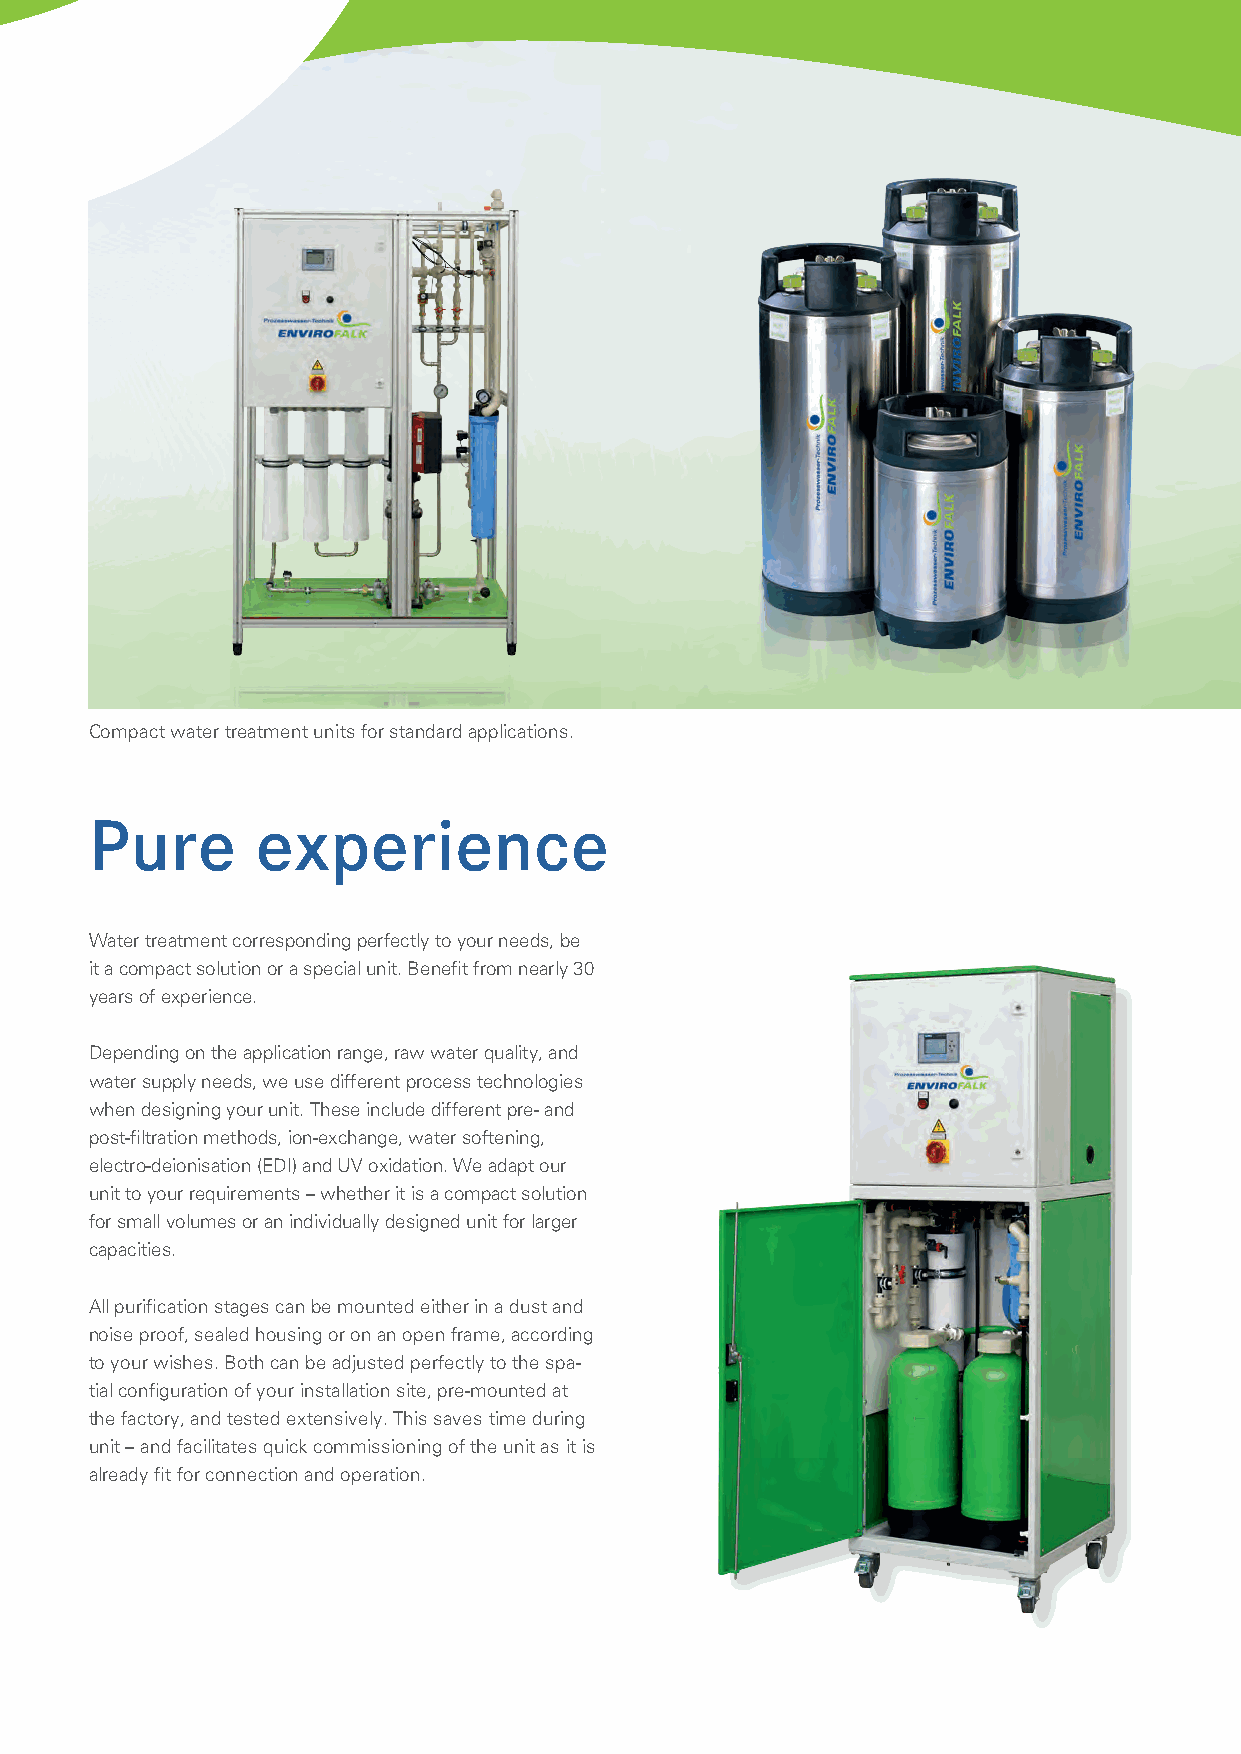
Compact water treatment units for standard applications.
 Pure       experience
 Water treatment corresponding perfectly to your needs, be
 it a compact solution or a special unit. Benefit from nearly 30
 years of experience.
 Depending on the application range, raw water quality, and
 water supply needs, we use different process technologies
 when designing your unit. These include different pre- and
 post-filtration methods, ion-exchange, water softening,
 electro-deionisation (EDI) and UV oxidation. We adapt our
 unit to your requirements – whether it is a compact solution
 for small volumes or an individually designed unit for larger
 capacities.
 All purification stages can be mounted either in a dust and
 noise proof, sealed housing or on an open frame, according
 to your wishes. Both can be adjusted perfectly to the spa-
 tial configuration of your installation site, pre-mounted at
 the factory, and tested extensively. This saves time during
 unit – and facilitates quick commissioning of the unit as it is
 already fit for connection and operation.